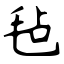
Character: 毡